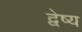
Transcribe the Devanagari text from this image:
द्वेष्य